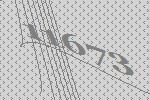
11673